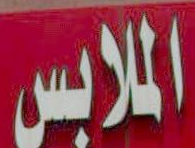
الملابس